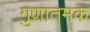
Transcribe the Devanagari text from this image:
गुणातमक